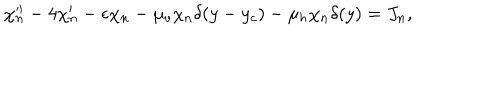
LaTeX: ~ \chi _ { n } ^ { \prime \prime } - 4 \chi _ { n } ^ { \prime } - \epsilon \chi _ { n } - \mu _ { v } \chi _ { n } \delta ( y - y _ { c } ) - \mu _ { h } \chi _ { n } \delta ( y ) = J _ { n } ,